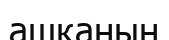
ашқаның